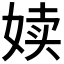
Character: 𪥿